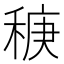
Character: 𫀻